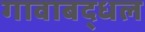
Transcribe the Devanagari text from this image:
गावाबद्धल